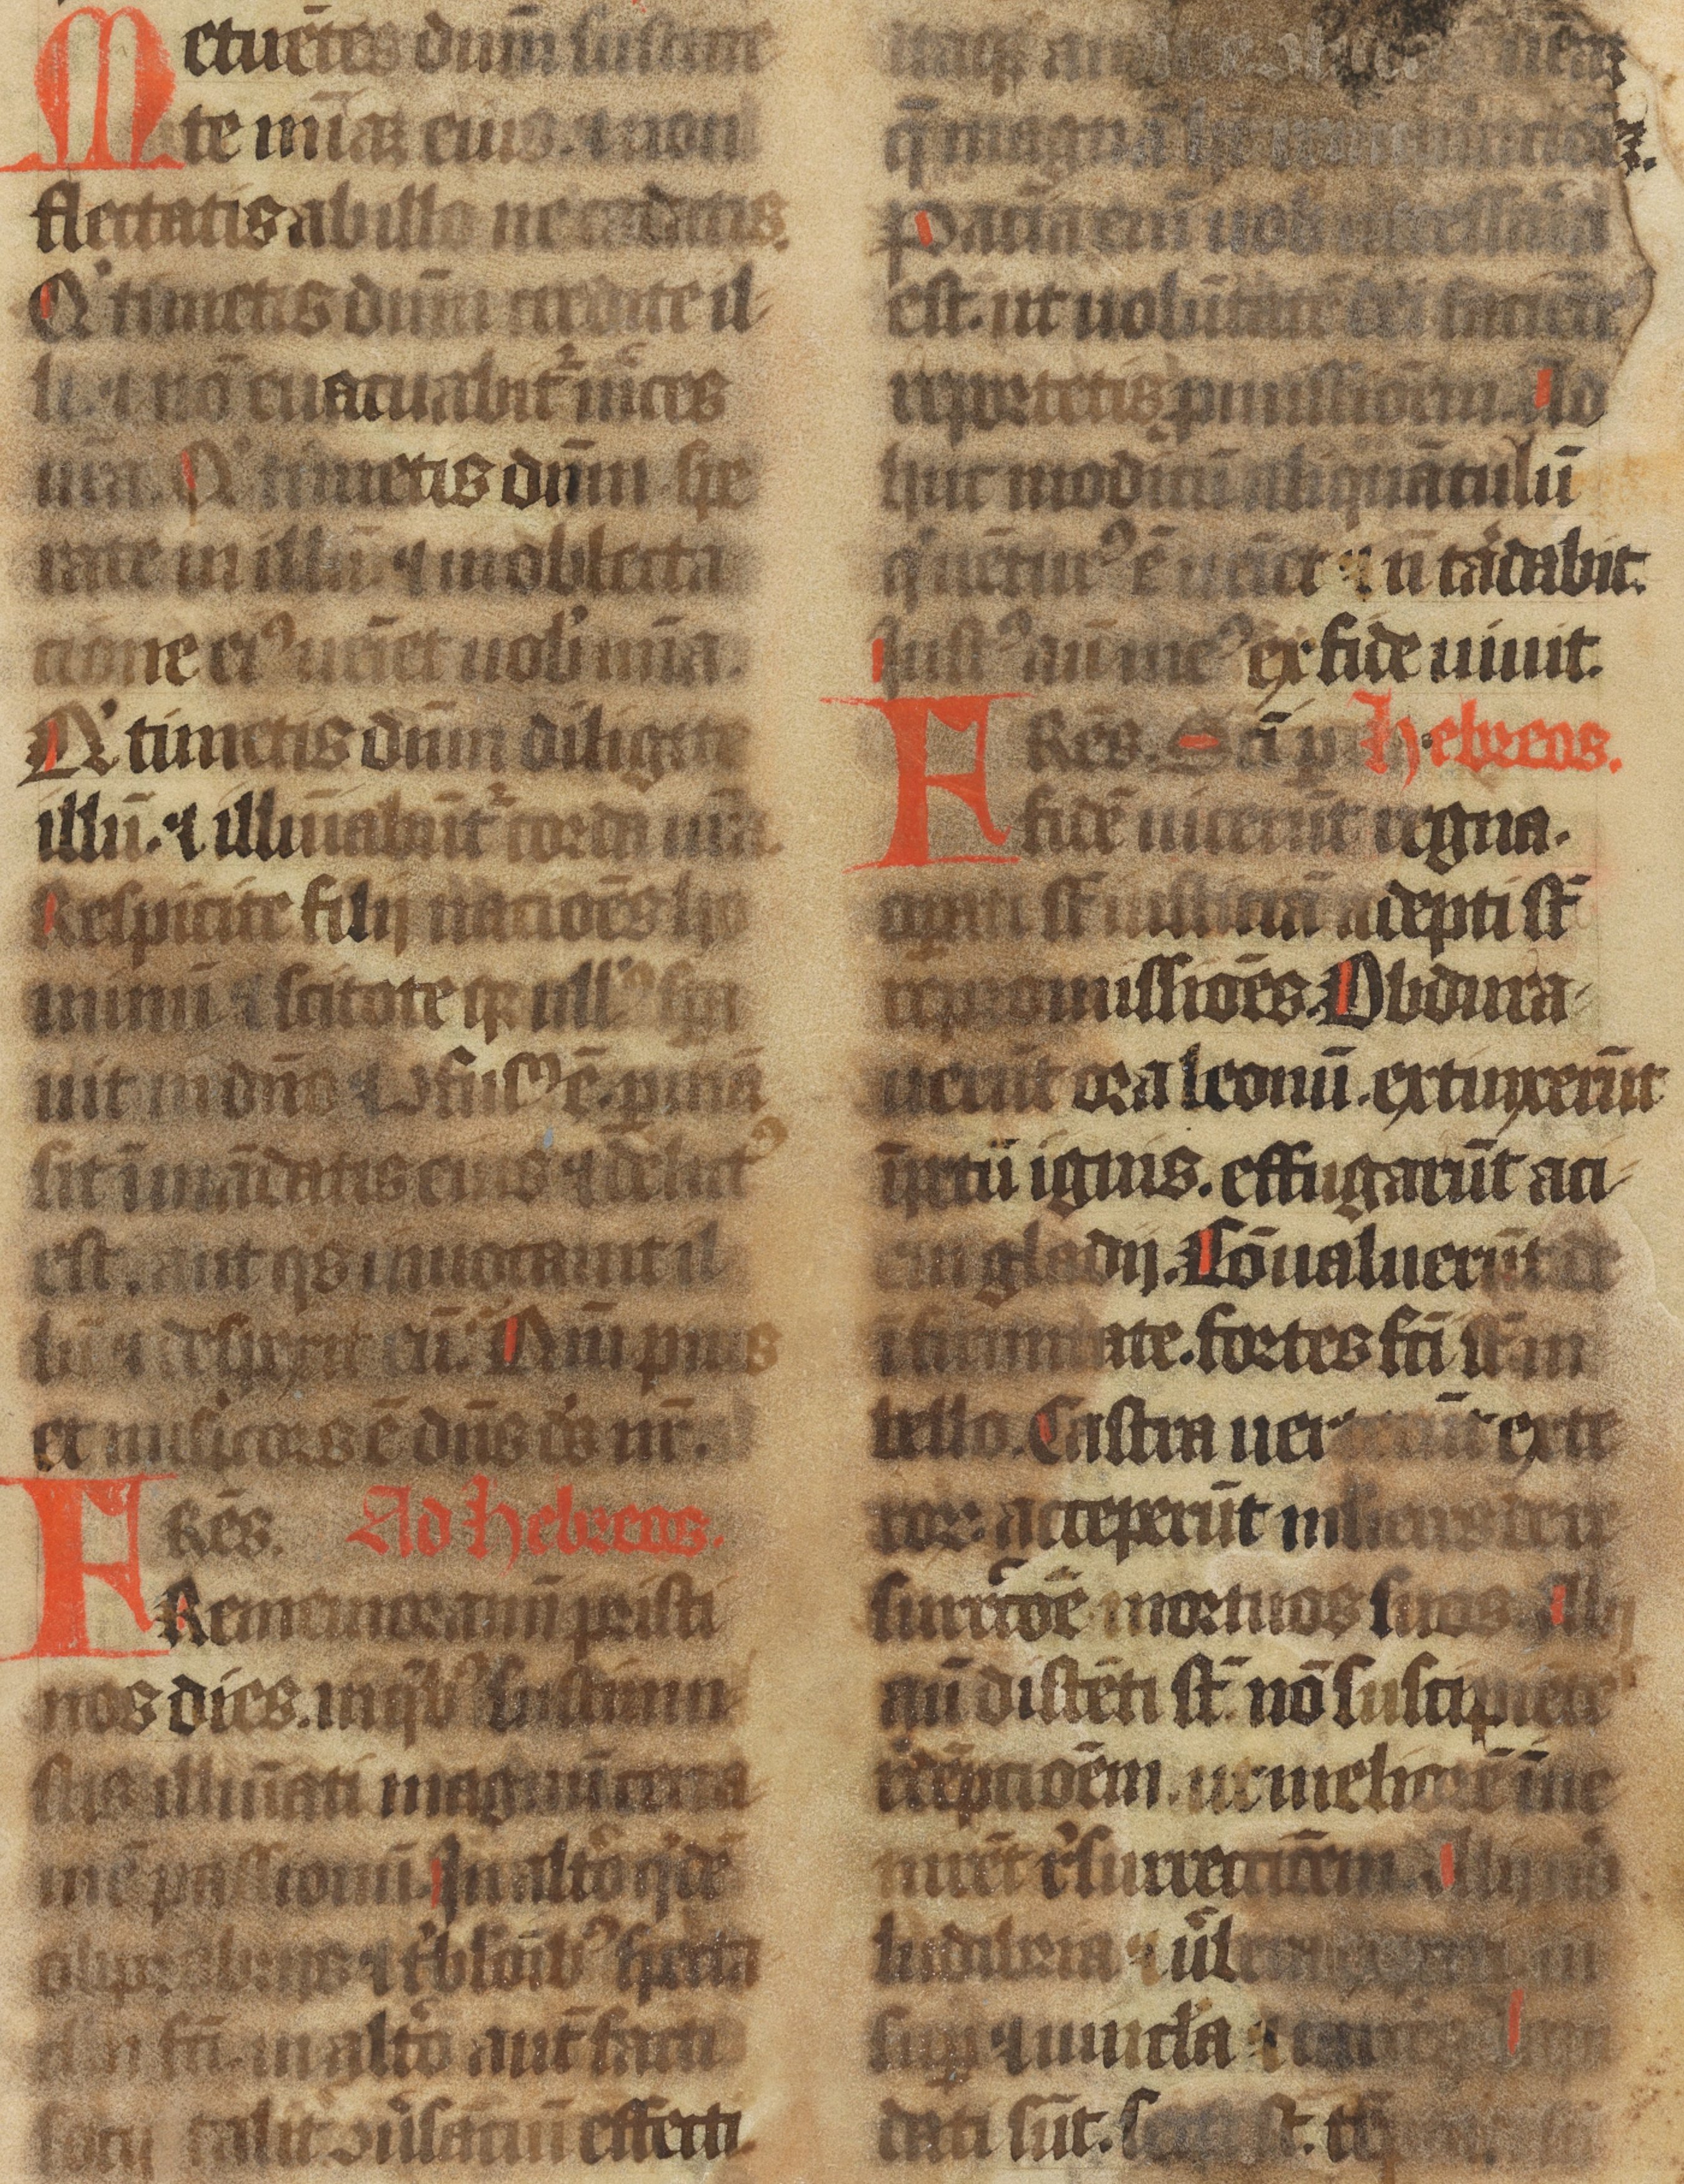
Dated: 1438–1439